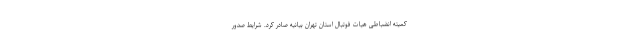
کمیته انضباطی هیات فوتبال استان تهران بیانیه صادر کرد. شرایط صدور